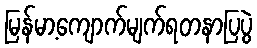
မြန်မာ့ကျောက်မျက်ရတနာပြပွဲ